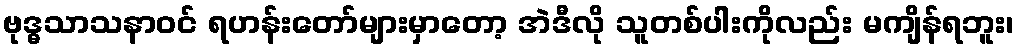
ဗုဒ္ဓသာသနာဝင် ရဟန်းတော်များမှာတော့ အဲဒီလို သူတစ်ပါးကိုလည်း မကျိန်ရဘူး၊